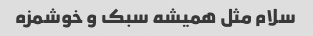
سلام مثل همیشه سبک و خوشمزه